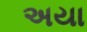
અયા